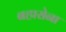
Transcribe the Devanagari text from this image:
बहारोना